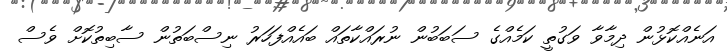
އަނެއްކޮޅުން ދިމާވާ ވަގުތީ ކަމެއްގެ ސަބަބުން ނުރައްކާތައް ބައެއްފަހަރު ނިސްބަތުން ސާބިތުކޮށް ވެސް